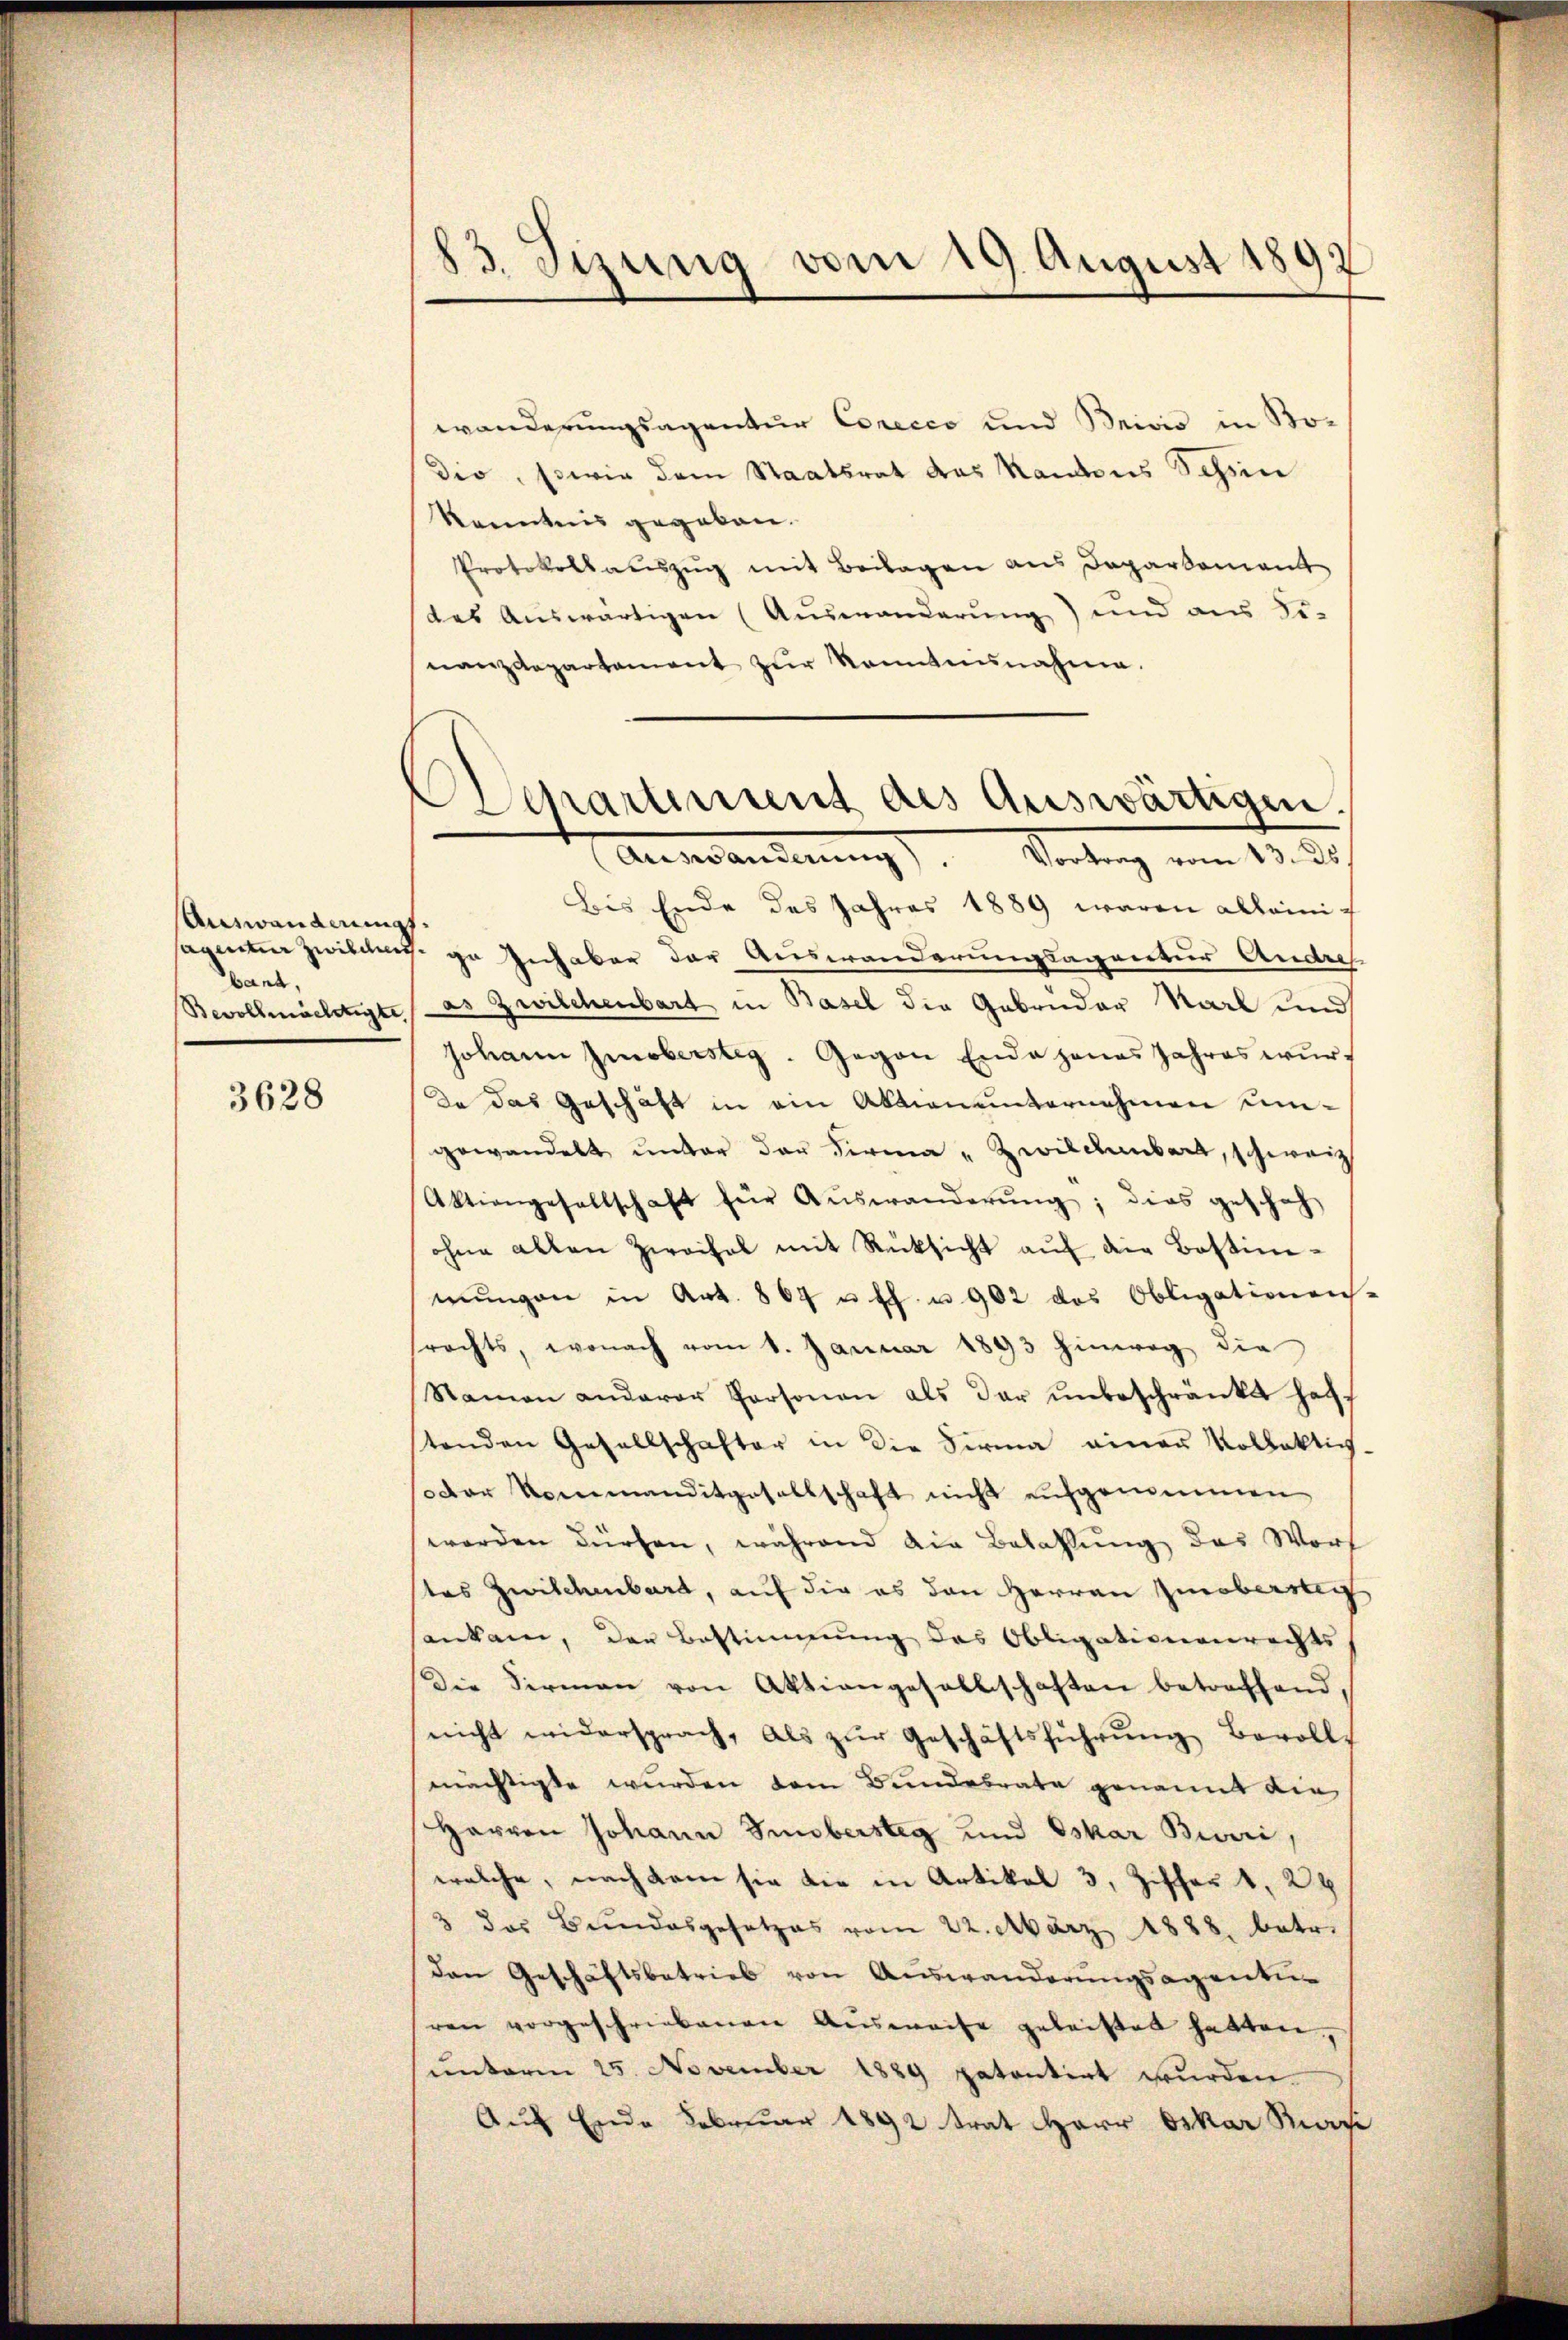
Auswanderungs
sagentur zwischen.
band,
Bevollmächtigte,

3628

83. Sizung vom 19. August 1892

wanderungsagentur Corecco und Brivio in Bodie, sowie dem Staatsrat das Kantons Schön
kenntnis gegeben.
Protokollauszug mit Beilagen aus Daparkoment
des Auswärtigen (Auswanderung) und aus Sinanzdepartement zŭr Kenntnisnahme.
Bis Ende des Jahres 1889 waren alleini¬
In Inhaber der Auswanderungsagentur Andre
as Zwilchenbart in Basel die Gebrüder Karl und
Johann Imobersteg. Gegen Ende genas Jahres wŭrf
Da das Geschäft in ein Aktion unternehmen umgewandelt ŭnter der Firma „Zwilchenbart, schweiz
Aktiengesellschaft für Aŭswanderŭng, dies gescheh
ohne alten Zweifel mit Rücksicht aŭf die Bestim-
mŭngen in Art. 864 u. ff. u. 902 das Obligationen-
srechts, wonach vom 1. Januar 1893 hinweg die
Namen anderer Personen als dar unbeschränkt hatt
tenden Gesellschafter in die Firma einer Kollektich-
Der Kommanditgesellschaft nicht aufgenommen
werden dürfen, während die Bezahlŭng das Wort
tes Zwischenbart, auf die es den Herren Zinobersei
sankam, der Bestimmung des Obligationenrechts
Die Firmann von Aktiengesellschaften betreffend,
nicht widersprach, als zur Geschäftsführung Bevoll-
mächtigte wurden dem Bundesrate genannt die
Harren Johann Sebersteg und Oskar Bieri,
welche, nach kam sie die in Artikel 3, Ziffer 1, 24
3 das Bundesgesetzes vom 22. März 1888. betr.
den Geschäftsbetrieb von Auswanderungsagentur
ren vorgeschriebenen Aŭsweise geleistet hatten,
unterm 25. November 1889 patentirt wurden.
Auf Ende Februar 1892 trat Herr Oskar Mari

Aschartement des Auswärtigen.
Auswandlung). Vorberg vom 13. d.